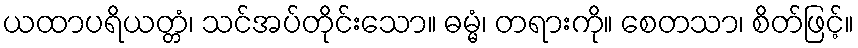
ယထာပရိယတ္တံ၊ သင်အပ်တိုင်းသော။ ဓမ္မံ၊ တရားကို။ စေတသာ၊ စိတ်ဖြင့်။